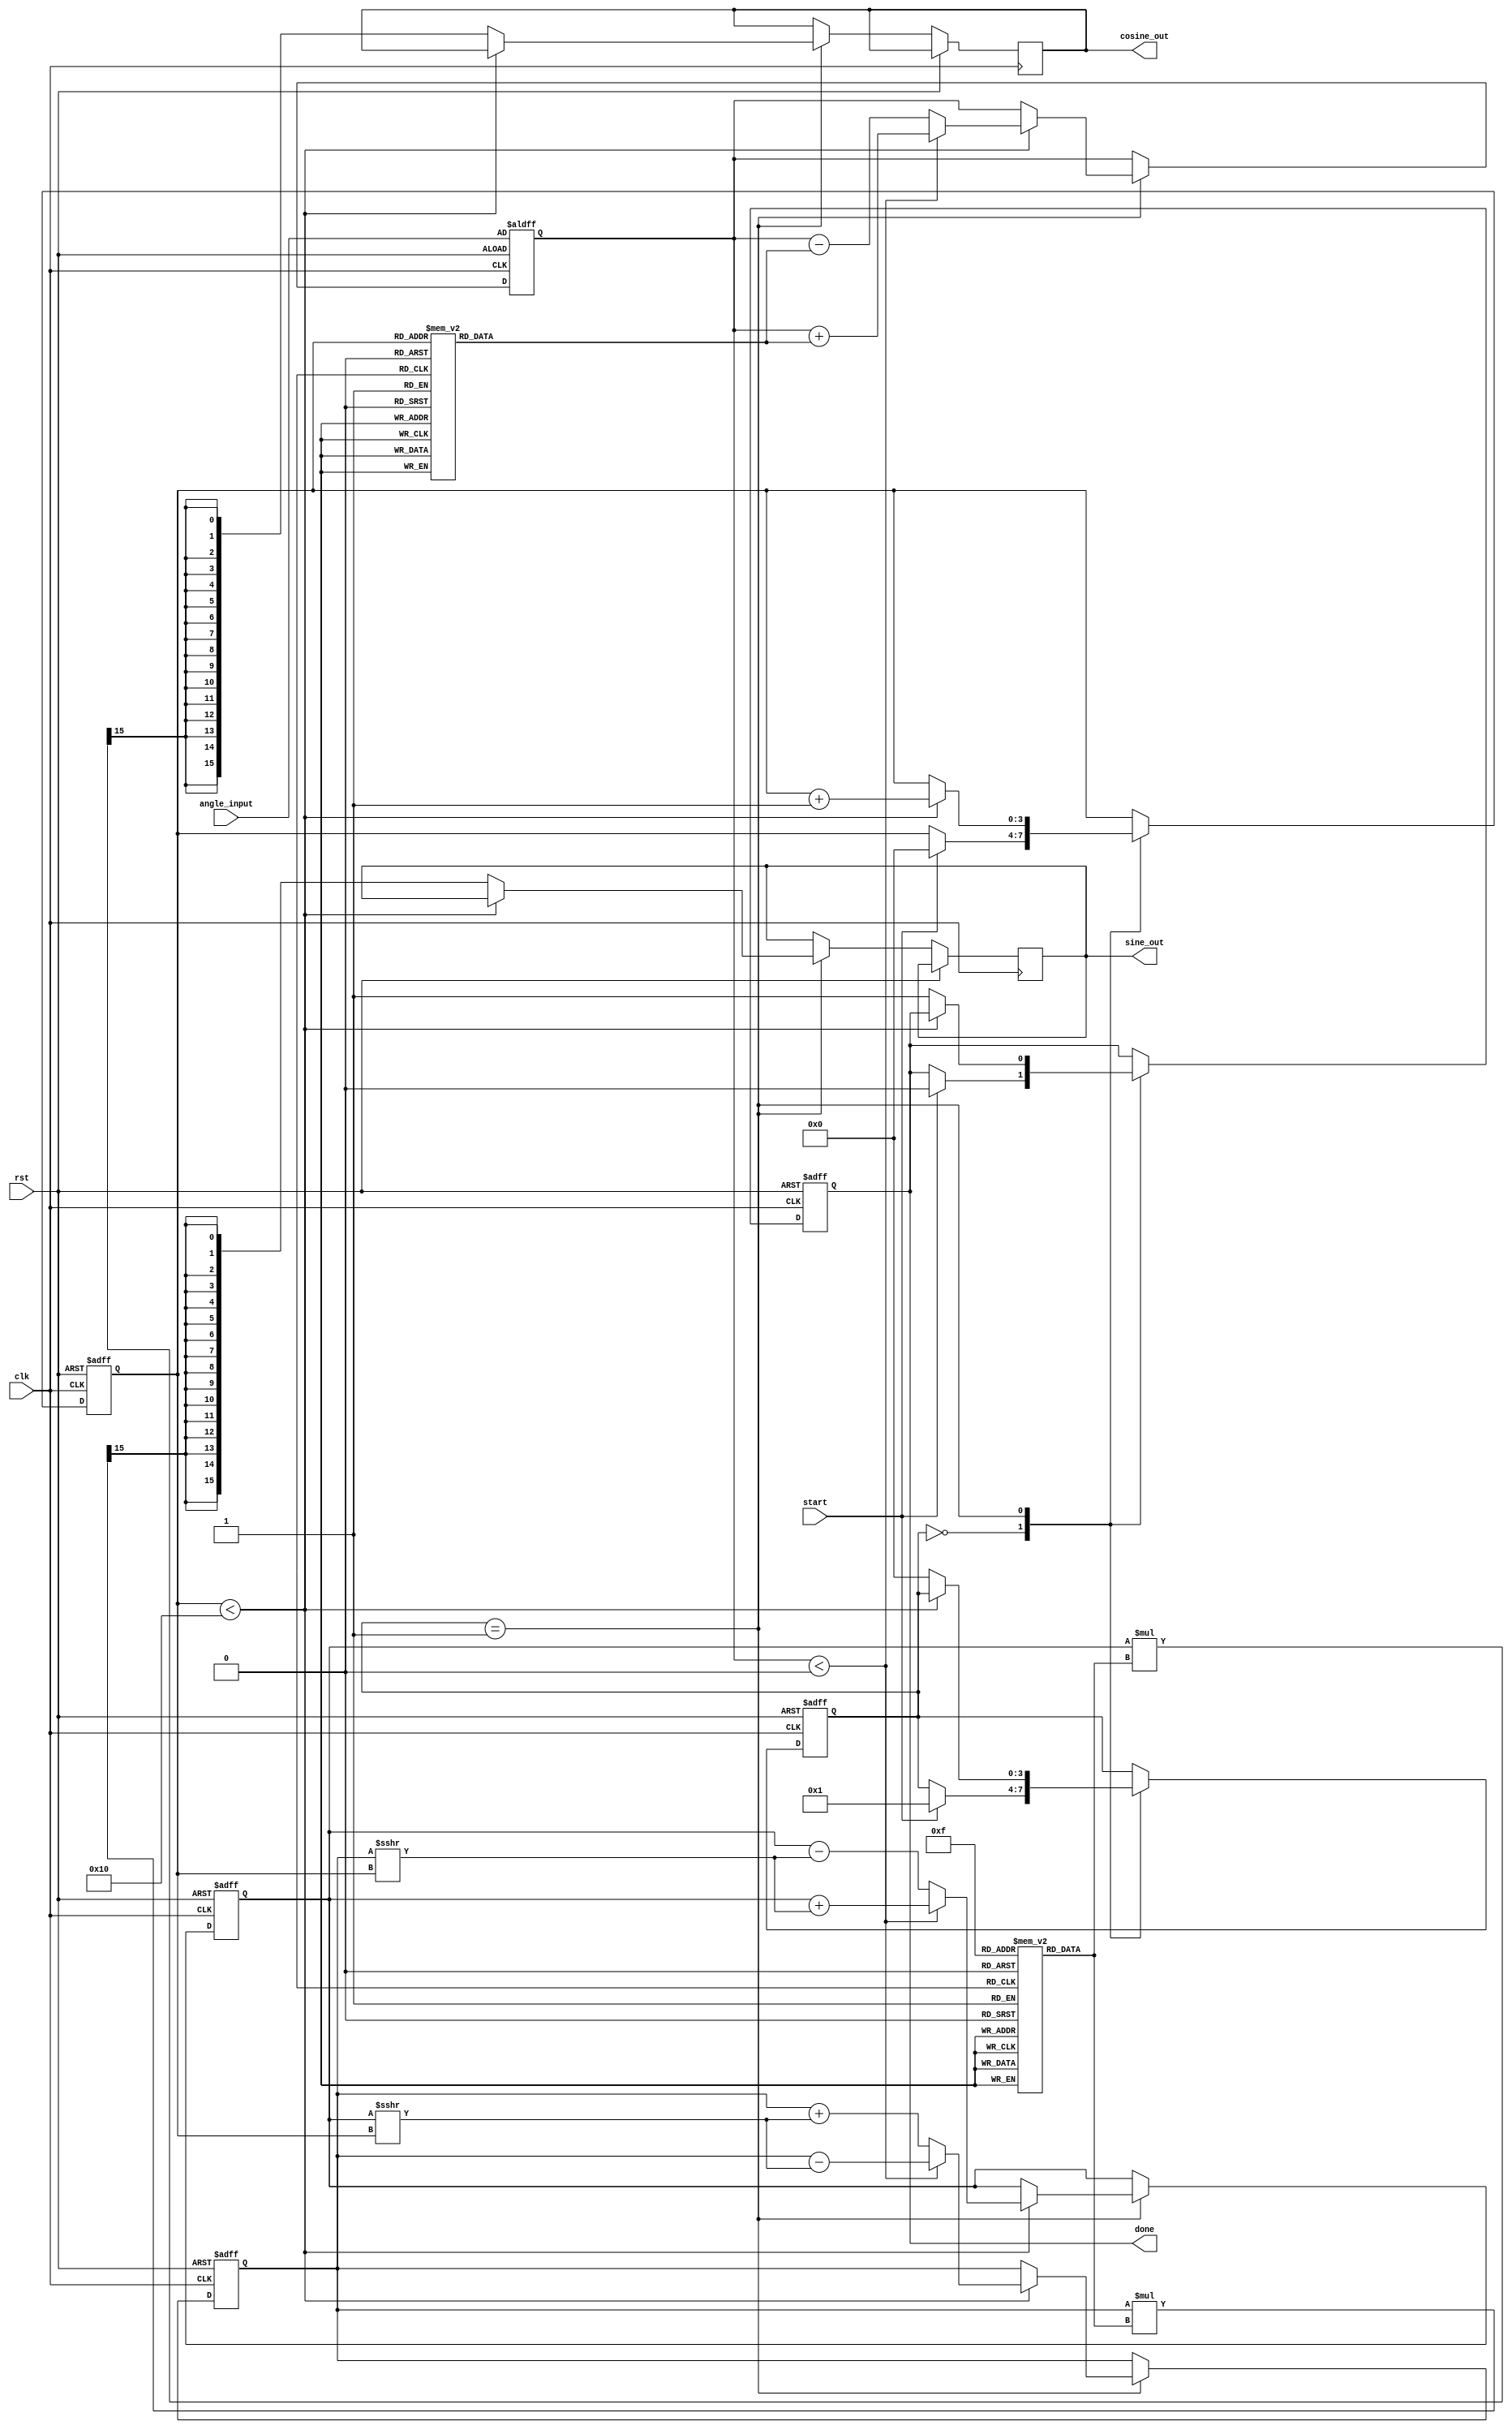
module CORDIC #(
    parameter N_ITER = 16,            // Number of iterations
    parameter FIXED_POINT_WIDTH = 16, // Width of fixed-point representation
    parameter LUT_SIZE = 16           // Size of the LUTs
)(
    input wire clk,
    input wire rst,
    input wire start,                 // Start signal
    input wire signed [FIXED_POINT_WIDTH-1:0] angle_input, // Input angle in fixed point
    output reg signed [FIXED_POINT_WIDTH-1:0] cosine_out, // Cosine output
    output reg signed [FIXED_POINT_WIDTH-1:0] sine_out,   // Sine output
    output reg done                   // Done signal
);

    // LUTs for angles and gains
    reg signed [FIXED_POINT_WIDTH-1:0] angle_LUT [0:LUT_SIZE-1];
    reg signed [FIXED_POINT_WIDTH-1:0] gain_LUT [0:LUT_SIZE-1];

    // Registers for x and y coordinates
    reg signed [FIXED_POINT_WIDTH-1:0] x, y;
    reg signed [FIXED_POINT_WIDTH-1:0] z; // Current angle

    // State machine for control logic
    reg [3:0] state;
    reg [3:0] iteration;

    // Initialize LUTs (precomputed values)
    initial begin
        // Populate angle LUT with arctan values
        angle_LUT[0] = 16'h3FFF; // 45 degrees
        angle_LUT[1] = 16'h1C71; // arctan(1/2)
        angle_LUT[2] = 16'h0B54; // arctan(1/4)
        // Add more values as needed

        // Populate gain LUT (scaling factors)
        gain_LUT[0] = 16'h4000; // 1.0
        gain_LUT[1] = 16'h38E3; // K(1)
        gain_LUT[2] = 16'h30F0; // K(2)
        // Add more values as needed
    end

    // State machine for CORDIC operation
    always @(posedge clk or posedge rst) begin
        if (rst) begin
            state <= 0;
            iteration <= 0;
            x <= 16'h4000; // Initial x = 1.0
            y <= 0;        // Initial y = 0.0
            z <= angle_input; // Load input angle
            done <= 0;
        end else begin
            case (state)
                0: begin
                    if (start) begin
                        state <= 1; // Start iterations
                        iteration <= 0;
                        done <= 0;
                    end
                end
                
                1: begin
                    if (iteration < N_ITER) begin
                        if (z < 0) begin
                            // Rotate clockwise
                            x <= x + (y >>> iteration);
                            y <= y - (x >>> iteration);
                            z <= z + angle_LUT[iteration];
                        end else begin
                            // Rotate counterclockwise
                            x <= x - (y >>> iteration);
                            y <= y + (x >>> iteration);
                            z <= z - angle_LUT[iteration];
                        end
                        iteration <= iteration + 1;
                    end else begin
                        // Scaling
                        cosine_out <= (x * gain_LUT[N_ITER-1]) >>> (N_ITER - 1);
                        sine_out <= (y * gain_LUT[N_ITER-1]) >>> (N_ITER - 1);
                        done <= 1;
                        state <= 0; // Go back to idle state
                    end
                end
            endcase
        end
    end

endmodule